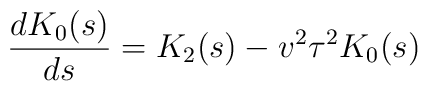
\frac{d K_0(s)}{ds} = K_2(s) - v^2 \tau^2 K_0(s)